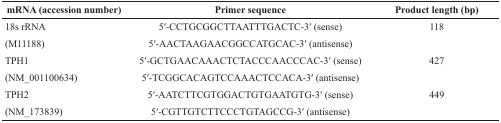
| mRNA (accession number) | Primer sequence | Product length (bp) |
 | --- | --- | --- |
 | 18s rRNA | 5′-CCTGCGGCTTAATTTGACTC-3′ (sense) | 118 |
 | (M11188) | 5′-AACTAAGAACGGCCATGCAC-3′ (antisense) |  |
 | TPH1 | 5′-GCTGAACAAACTCTACCCAACCCAC-3′ (sense) | 427 |
 | (NM_001100634) | 5′-TCGGCACAGTCCAAACTCCACA-3′ (antisense) |  |
 | TPH2 | 5′-AATCTTCGTGGACTGTGAATGTG-3′ (sense) | 449 |
 | (NM_173839) | 5′-CGTTGTCTTCCCTGTAGCCG-3′ (antisense) |  |